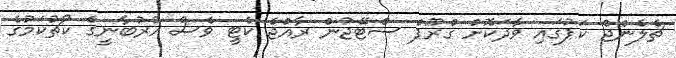
ޗެލެންޖް ކަޕުގައި ވާދަކޮށް ގްރޫޕް ސްޓޭޖުން ރާއްޖެ ކެޓީ ވެސް އުރުބާނީގެ ކޯޗުކަމުގެ